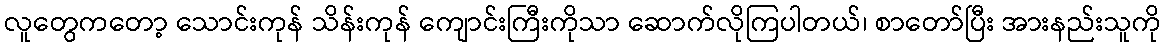
လူတွေကတော့ သောင်းကုန် သိန်းကုန် ကျောင်းကြီးကိုသာ ဆောက်လိုကြပါတယ်၊ စာတော်ပြီး အားနည်းသူကို